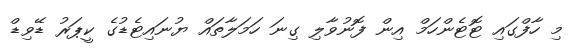
މި ހާފްގައި ޓޮޓެންހަމް އިން ފޮނުވާލި ގިނަ ހަމަލާތައް ޔުނައިޓެޑުގެ ކީޕަރު ޑޭވިޑް